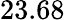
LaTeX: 23.68